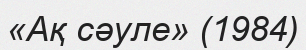
«Ақ сәуле» (1984)